On the morphology, teratology, and diclinism of the flowers of cannabis - Number 12
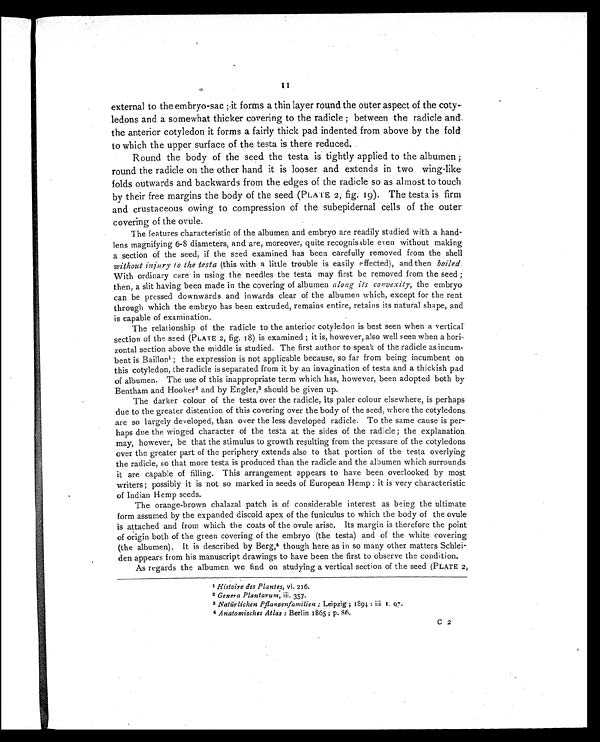
external to the embryo-sac ; it forms a thin layer round the outer aspect of the coty-
ledons and a somewhat thicker covering to the radicle ; between the radicle and
the anterior cotyledon it forms a fairly thick pad indented from above by the fold
to which the upper surface of the testa is there reduced.
Round the body of the seed the testa s tightly applied to the albumen ;
round the radicle on the other hand it is looser and extends in two wing-like
folds outwards and backwards from the edges of the radicle so as almost to touch
by their free margins the body of the seed (PLATE 2, fig. 19). The testa is firm
and crustaceous owing to compression of the subepidernal cells of the outer
covering of the ovule.
The features characteristic of the albumen and embryo are readily studied with a hand-
lens magnifying 6-8 diameters, and are, moreover, quite recognisable even without making
a section of the seed, if the seed examined has been carefully removed from the shell
without injury to the testa (this with a little trouble is easily effected), and then boiled.
With ordinary care in using the needles the testa may first be removed from the seed ;
then, a slit having been made in the covering of albumen along its convexity, the embryo
can be pressed downwards and inwards clear of the albumen which, except for the rent
through which the embryo has been extruded, remains entire, retains its natural shape, and
is capable of examination.
The relationship of the radicle to the anterior cotyledon is best seen when a vertical
section of the seed (PLATE 2, fig. 18) is examined ; it is, however, also well seen when a hori-
zontal section above the middle is studied. The first author to speak of the radicle as incum-
bent is Baillon1 ; t h e e x p r e s s i o n i s n o t a p p l i c a b l e b e c a u s e , s o f a r f r o m b e i n g i n c u m b e n t o n
this cotyledon, the radicle is separated from it by an invagination of testa and a thickish pad
of albumen. The use of this inappropriate term which has, however, been adopted both by
Bentham and Hooker2 a n d b y E n g l e r ,
3 s h o u l d b e g i v e n u p .
The darker colour of the testa over the radicle, its paler colour elsewhere, is perhaps
due to the greater distention of this covering over the body of the seed, where the cotyledons
are so largely developed, than over the less developed radicle. To the same cause is per-
haps due the winged character of the testa at the sides of the radicle ; the explanation
may, however, be that the stimulus to growth resulting from the pressure of the cotyledons
over the greater part of the periphery extends also to that portion of the testa overlying
the radicle, so that more testa is produced than the radicle and the albumen which surrounds
it are capable of filling. This arrangement appears to have been overlooked by most
writers ; possibly it is not so marked in seeds of European Hemp : it is very characteristic
of Indian Hemp seeds.
The orange-brown chalazal patch is of considerable interest as being the ultimate
form assumed by the expanded discoid apex of the funiculus to which the body of the ovule
is attached and from which the coats of the ovule arise. Its margin is therefore the point
of origin both of the green covering of the embryo (the testa) and of the white covering
(the albumen). It is described by Berg, 4 though here as in so many other matters Schlei-
den appears from his manuscript drawings to have been the first to observe the condition.
As regards the albumen we find on studying a vertical section of the seed (PLATE 2,
1
H i s t o i r e d e s P l a n t e s ,
v i . 2 1 6 .
2 Genera Plantarum, iii. 357.
3 Natürlichen Pflanzenfamilien ; Leipzig ; 1894 : iii 1. 97.
4 Anatomisches Atlas : Berlin 1865 ; p. 86.
C 2